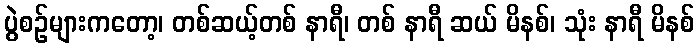
ပွဲစဉ်များကတော့၊ တစ်ဆယ့်တစ် နာရီ၊ တစ် နာရီ ဆယ် မိနစ်၊ သုံး နာရီ မိနစ်